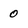
Character: 0